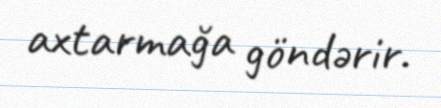
axtarmağa göndərir.